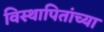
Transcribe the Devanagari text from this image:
विस्थापितांच्या